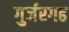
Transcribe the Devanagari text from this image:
गुर्जरगढ